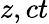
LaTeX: z,ct